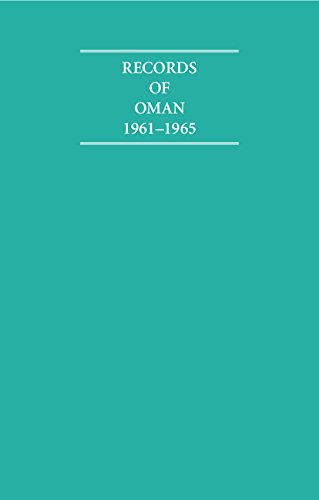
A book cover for Records of Oman 1961-1965 5 Volume Set (Cambridge Archive Editions); History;